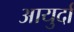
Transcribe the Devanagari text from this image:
आयुर्दा